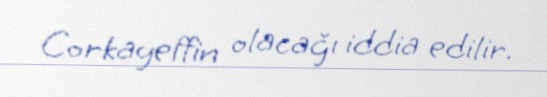
Corkayeffin olacağı iddia edilir.